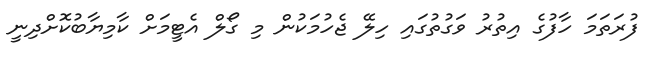
ފުރަތަމަ ހާފުގެ އިތުރު ވަގުތުގައި ހިލޭ ޖެހުމަކުން މި ގޯލް އެޓީމަށް ކާމިޔާބުކޮށްދިނީ